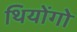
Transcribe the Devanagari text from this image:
थियोंगो